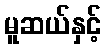
မူဆယ်နှင့်